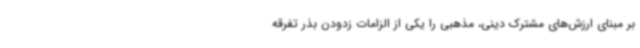
بر مبنای ارزش‌های مشترک دینی، مذهبی را یکی از الزامات زدودن بذر تفرقه